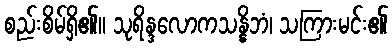
စည်းစိမ်ရှိ၏။ သုရိန္ဒလောကသန္နိဘံ၊ သကြားမင်း၏